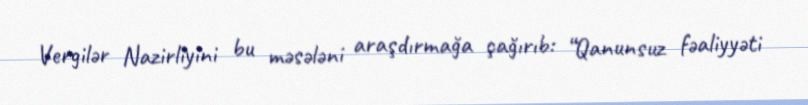
Vergilər Nazirliyini bu məsələni araşdırmağa çağırıb: “Qanunsuz fəaliyyəti